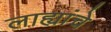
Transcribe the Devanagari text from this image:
लाह्यांचे